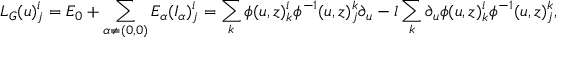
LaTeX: L _ { G } ( u ) _ { j } ^ { i } = E _ { 0 } + \sum _ { \alpha \neq ( 0 , 0 ) } E _ { \alpha } ( I _ { \alpha } ) _ { j } ^ { i } = \sum _ { k } \phi ( u , z ) _ { k } ^ { i } \phi ^ { - 1 } ( u , z ) _ { j } ^ { k } \partial _ { u } - l \sum _ { k } \partial _ { u } \phi ( u , z ) _ { k } ^ { i } \phi ^ { - 1 } ( u , z ) _ { j } ^ { k } ,